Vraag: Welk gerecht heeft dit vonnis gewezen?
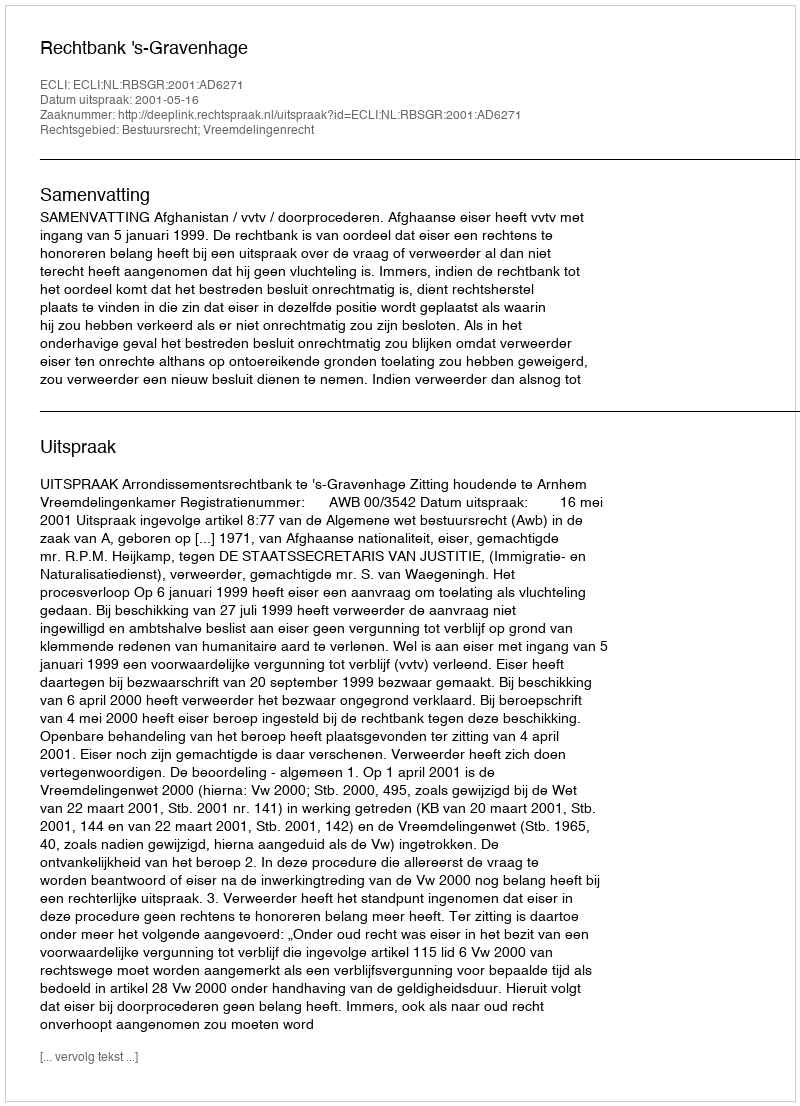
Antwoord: Rechtbank 's-Gravenhage